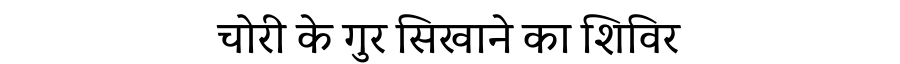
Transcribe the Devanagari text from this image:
चोरी के गुर सिखाने का शिविर